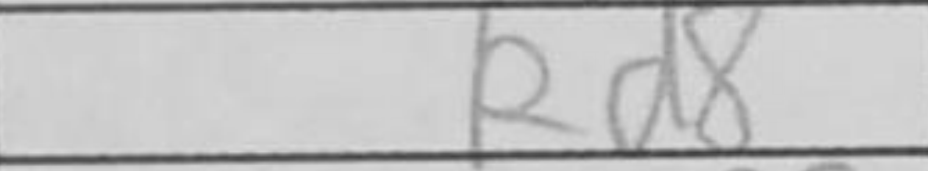
Transcription: Rd8